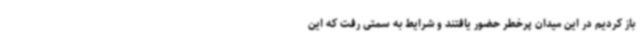
باز کردیم در این میدان پرخطر حضور یافتند و شرایط به سمتی رفت که این